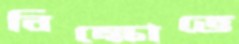
বিক্ষোভে